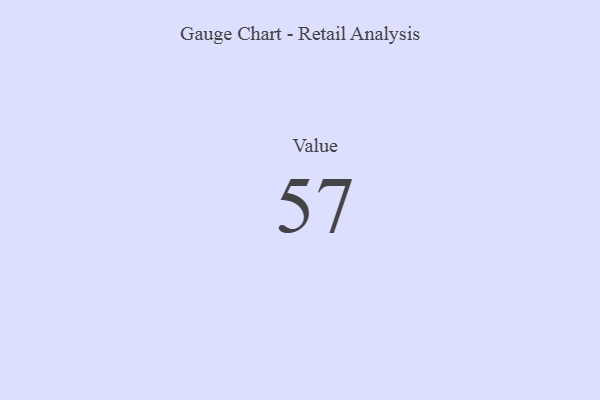
{"axis": {"x": "Metric", "y": "Value"}, "legend": [""], "data": [{"x": "Value", "y": 57, "type": ""}]}